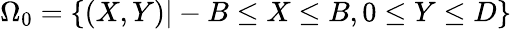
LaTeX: \Omega_{0}=\{ (X,Y)|-B\leq X\leq B,0\leq Y\leq D\}